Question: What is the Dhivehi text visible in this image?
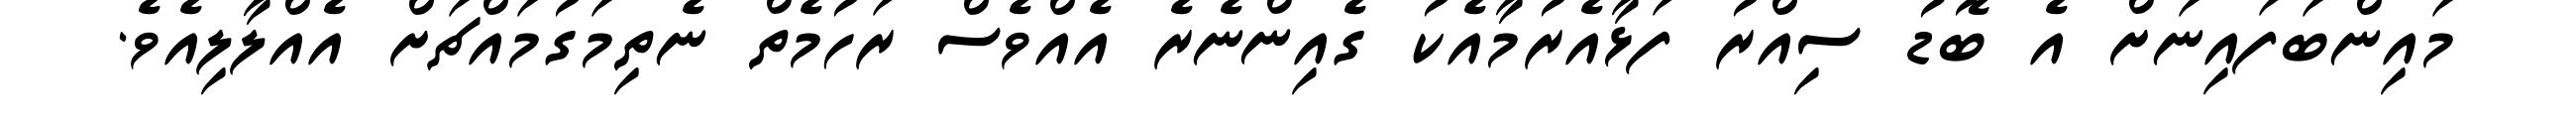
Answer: މައިންބަފައިނަށް އެ ބޮޑު ސިއްރު ފަޅާއެރުމާއެކު ގެއިންނެރެ އެއްވެސް ރަހުމެތް ނެތިމަގުމައްޗަށް އެއްލާލިއެވެ.